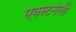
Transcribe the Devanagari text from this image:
एक्स्टर्नली